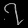
Digit: ၇